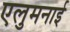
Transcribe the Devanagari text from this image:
एलुमनाई